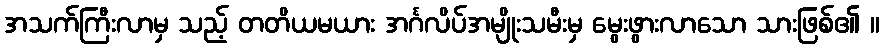
အသက်ကြီးလာမှ သည့် တတိယမယား အင်္ဂလိပ်အမျိုးသမီးမှ မွေးဖွားလာသော သားဖြစ်၏ ။